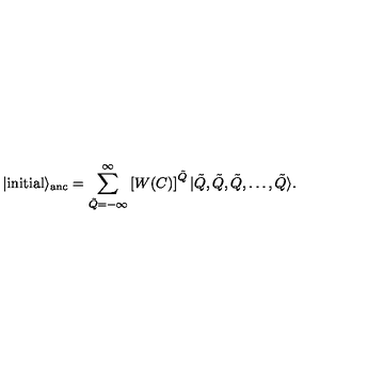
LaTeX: | \mathrm { i n i t i a l } \rangle _ { \mathrm { a n c } } = \sum _ { \tilde { Q } = - \infty } ^ { \infty } \left[ W ( C ) \right] ^ { \tilde { Q } } | \tilde { Q } , \tilde { Q } , \tilde { Q } , \dots , \tilde { Q } \rangle .